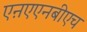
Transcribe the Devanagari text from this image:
एऩएएनबीएच